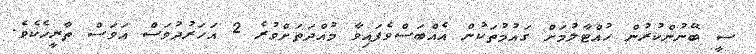
ސީ ބޭނުންކުރުން ހުއްޓާލުމަށް ގައުމުތަކުން އެއްބަސްވެފައިވާ މުއްދަތަށްވުރެ 2 އަހަރުދުވަސް އަވަސް ތާރީޚެކެވެ.